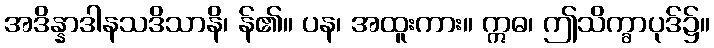
အဒိန္နာဒါနသဒိသာနိ၊ န်၏။ ပန၊ အထူးကား။ ဣဓ၊ ဤသိက္ခာပုဒ်၌။